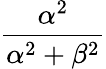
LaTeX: \frac{\alpha^{2}}{\alpha^{2}+\beta^{2}}